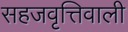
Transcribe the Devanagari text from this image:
सहजवृत्तिवाली